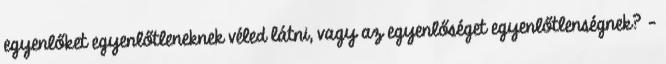
egyenlőket egyenlőtleneknek véled látni, vagy az egyenlőséget egyenlőtlenségnek? –